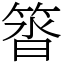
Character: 䈋